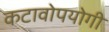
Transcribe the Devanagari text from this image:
कटावोपयोगी